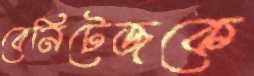
বেনিটেজকে